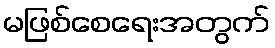
မဖြစ်စေရေးအတွက်